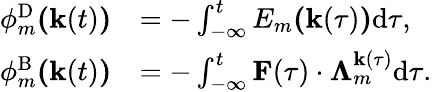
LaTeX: \begin{array}{rl}{\phi_{m}^{\mathrm{D}}\textbf{(}\textbf{k}(t)\textbf{)}}&{=-\int_{-\infty}^{t}E_{m}\textbf{(}\textbf{k}(\tau)\textbf{)}\mathrm{d}\tau,}\\ {\phi_{m}^{\mathrm{B}}\textbf{(}\textbf{k}(t)\textbf{)}}&{=-\int_{-\infty}^{t}\textbf{F}(\tau)\cdot\mathbf{\Lambda}_{m}^{\textbf{k}(\tau)}\mathrm{d}\tau.}\end{array}